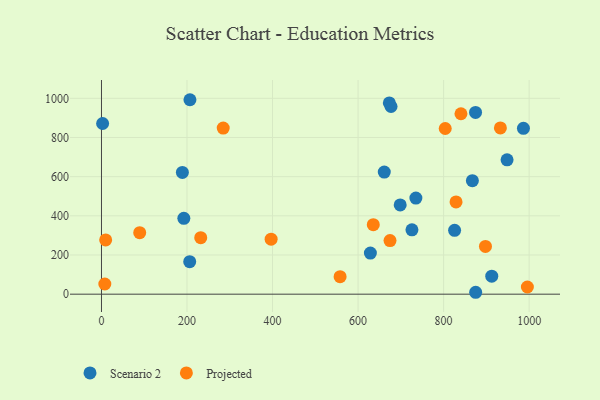
{"axis": {"x": "Study Hours", "y": "Sales"}, "legend": ["Projected", "Scenario 2"], "data": [{"x": "192.6", "y": 387.0, "type": "Scenario 2"}, {"x": "726.0", "y": 328.5, "type": "Scenario 2"}, {"x": "698.5", "y": 455.7, "type": "Scenario 2"}, {"x": "867.3", "y": 579.6, "type": "Scenario 2"}, {"x": "735.2", "y": 490.6, "type": "Scenario 2"}, {"x": "673.1", "y": 976.6, "type": "Scenario 2"}, {"x": "677.1", "y": 958.0, "type": "Scenario 2"}, {"x": "912.6", "y": 91.8, "type": "Scenario 2"}, {"x": "2.7", "y": 871.3, "type": "Scenario 2"}, {"x": "661.3", "y": 623.2, "type": "Scenario 2"}, {"x": "948.4", "y": 685.9, "type": "Scenario 2"}, {"x": "206.9", "y": 992.7, "type": "Scenario 2"}, {"x": "628.8", "y": 209.7, "type": "Scenario 2"}, {"x": "825.7", "y": 326.1, "type": "Scenario 2"}, {"x": "874.7", "y": 928.1, "type": "Scenario 2"}, {"x": "206.3", "y": 165.9, "type": "Scenario 2"}, {"x": "986.7", "y": 846.7, "type": "Scenario 2"}, {"x": "189.2", "y": 621.4, "type": "Scenario 2"}, {"x": "875.0", "y": 9.7, "type": "Scenario 2"}, {"x": "89.4", "y": 314.2, "type": "Projected"}, {"x": "7.8", "y": 52.0, "type": "Projected"}, {"x": "803.8", "y": 845.7, "type": "Projected"}, {"x": "932.8", "y": 848.6, "type": "Projected"}, {"x": "674.7", "y": 273.6, "type": "Projected"}, {"x": "635.6", "y": 354.6, "type": "Projected"}, {"x": "995.9", "y": 36.6, "type": "Projected"}, {"x": "284.7", "y": 847.8, "type": "Projected"}, {"x": "232.1", "y": 288.5, "type": "Projected"}, {"x": "396.7", "y": 280.7, "type": "Projected"}, {"x": "829.1", "y": 471.0, "type": "Projected"}, {"x": "9.8", "y": 276.8, "type": "Projected"}, {"x": "897.9", "y": 244.0, "type": "Projected"}, {"x": "840.6", "y": 921.0, "type": "Projected"}, {"x": "558.0", "y": 89.3, "type": "Projected"}]}